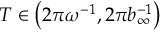
T \in \left( 2 \pi \omega ^ { - 1 } , 2 \pi b _ { \infty } ^ { - 1 } \right)